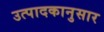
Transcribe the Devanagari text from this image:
उत्पादकानुसार